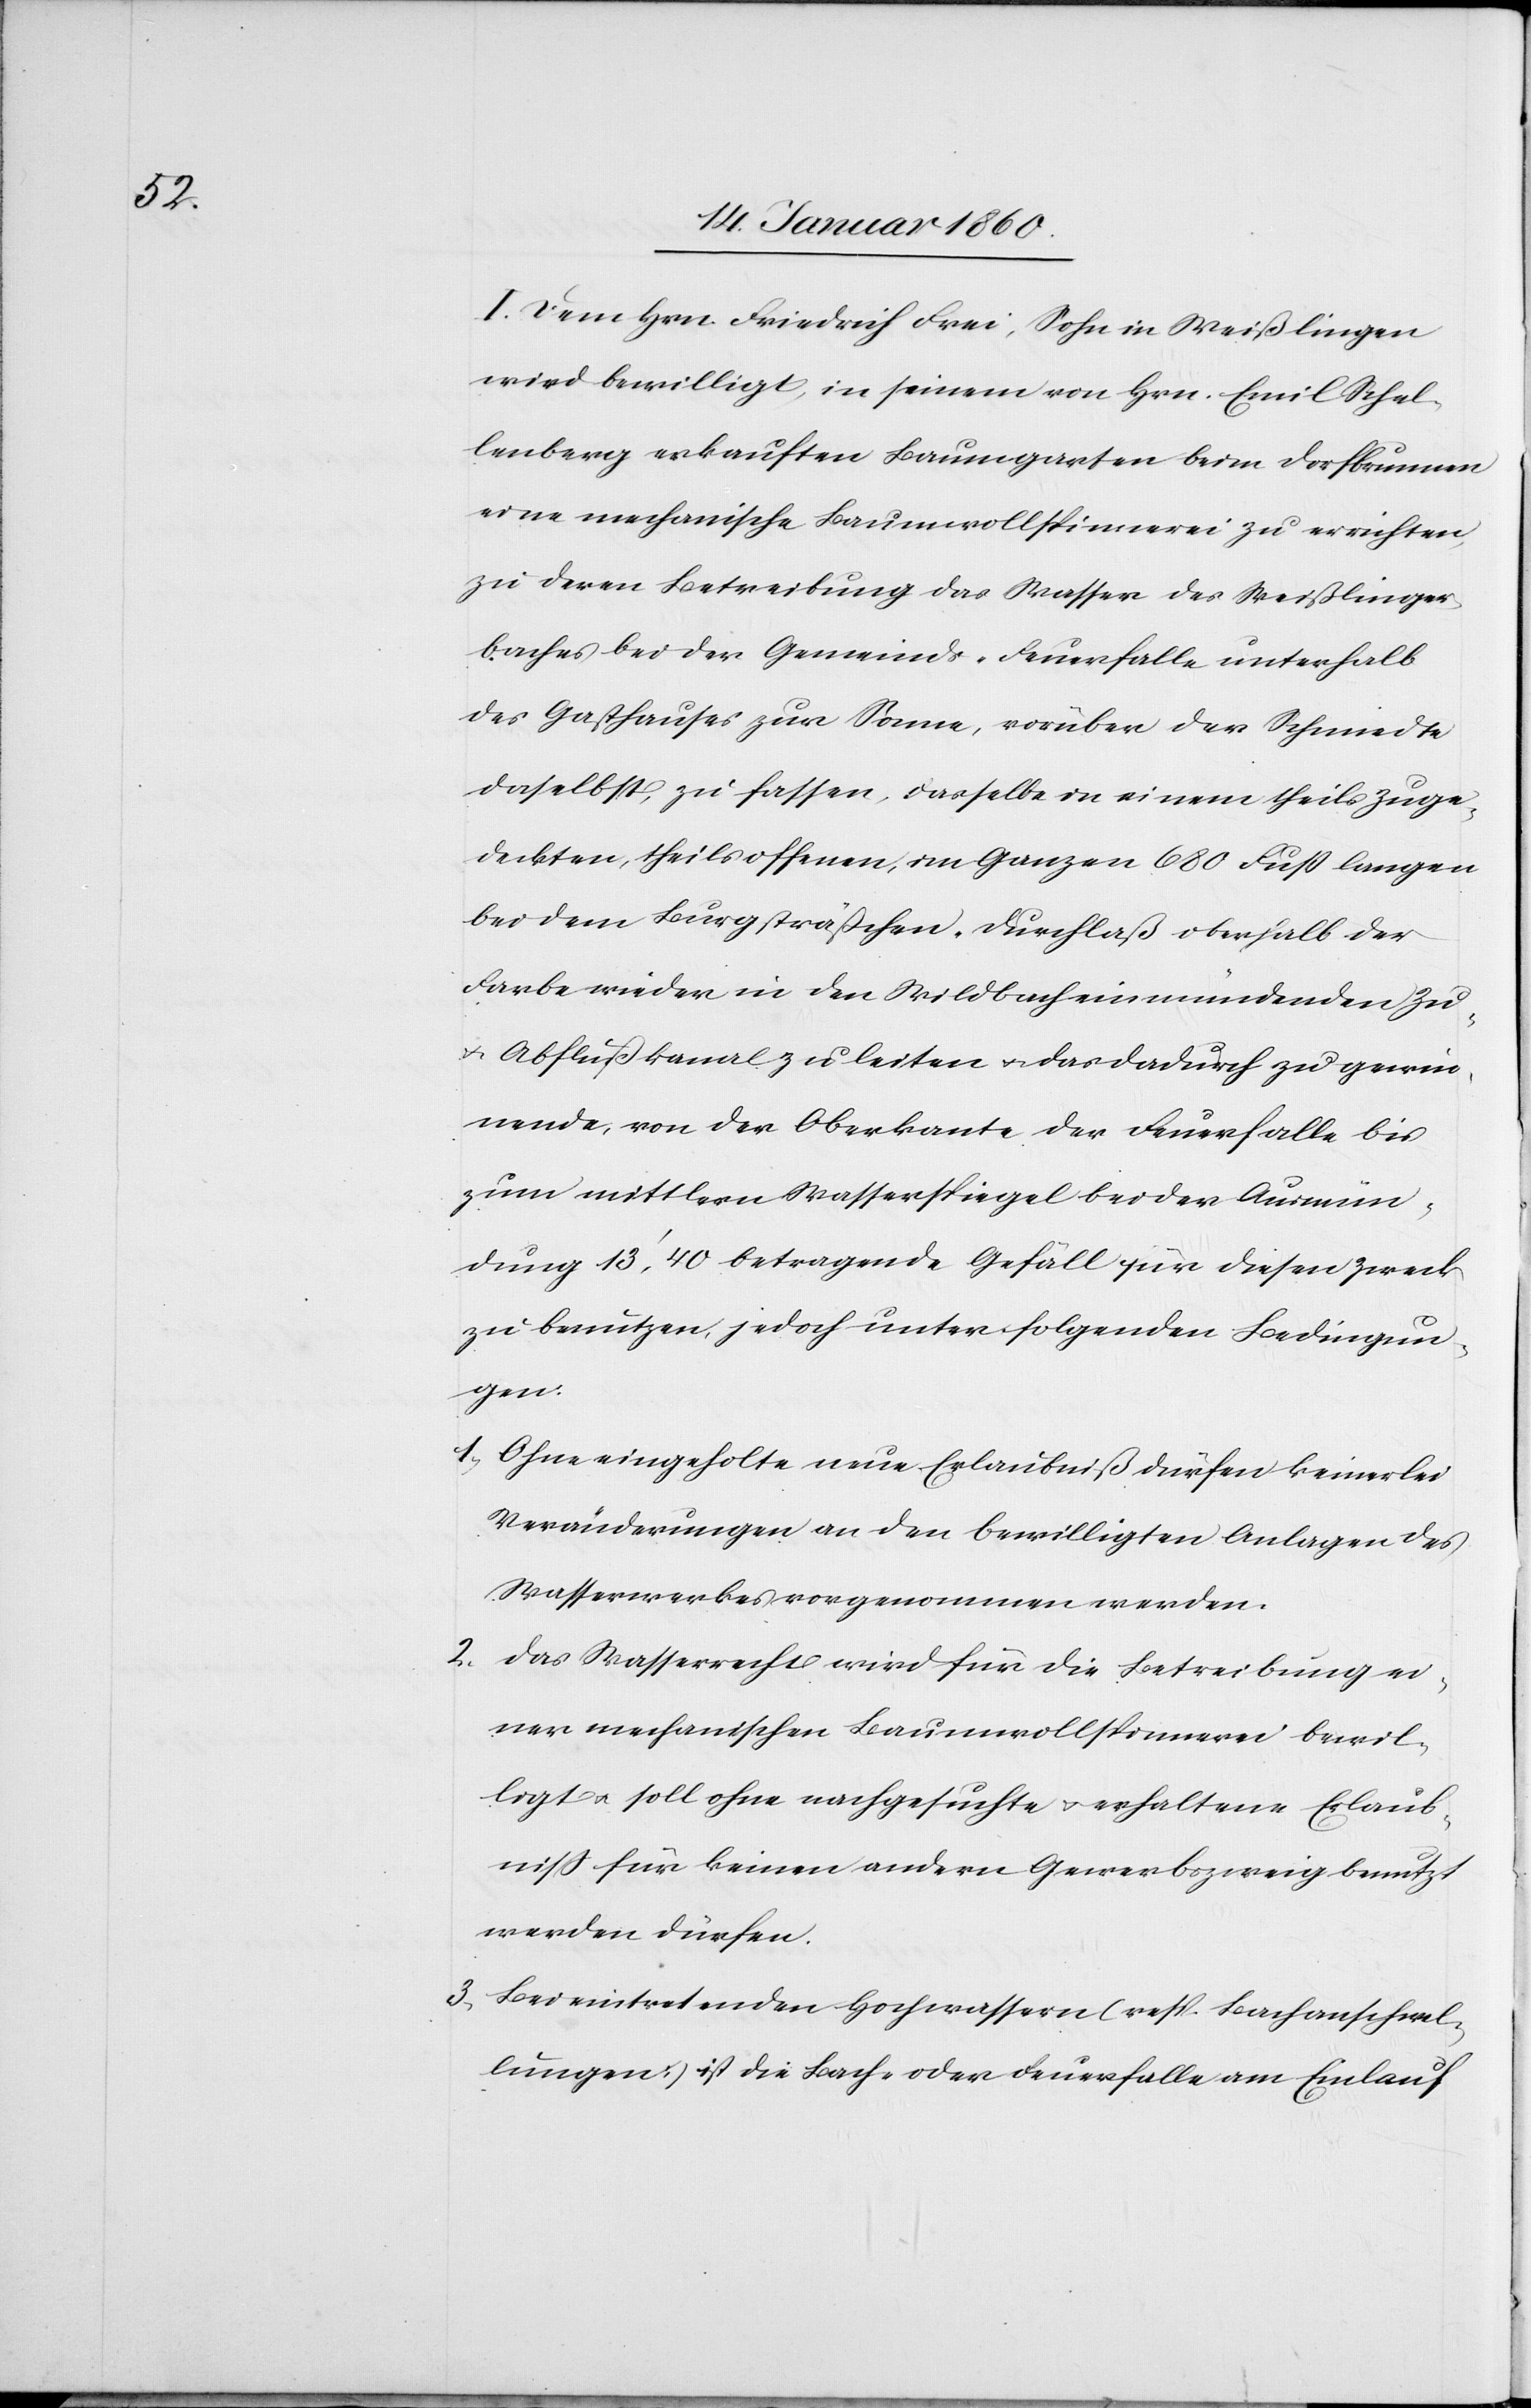
I. Dem Hrn. Friedrich Frei, Sohn in Weißlingen
wird bewilligt, in seinem von Hrn. Emil Schel¬
lenberg erkauften Baumgarten beim Dorbrunnen
eine mechanische Baumwollspinnerei zu errichten,
zu deren Betreibung das Wasser des Weißlinger¬
baches bei der Gemeinds-Feuerfalle unterhalb
des Gasthauses zur Sonne, vorüber der Schmiedte
daselbst, zu fassen, dasselbe in einem theils Zuge¬
deckten, theils offenen, im Ganzen 680. Fuß langen
bei dem Burgsträßchen, Durchlaß oberhalb der
Farbe wieder in den Wildbach einmündenden Zu-
u. Abflußkanal zu leiten u. das dadurch zu gewin¬
nende, von der Oberkante der Feuerfalle bis
zum mittleren Wasserspiegel bei der Ausmün¬
dung 13’, 40 betragende Gefäll für diesen Zweck
zu benutzen, jedoch unter folgenden Bedingun¬
gen.
1. Ohne eingeholte neue Erlaubniß dürfen keinerlei
Veränderungen an den bewilligten Anlagen des
Wasserwerkes vorgenommen werden.
2.
das Wasserrecht wird für die Betreibung ei¬
ner mechanischen Baumwollspinnerei bewil¬
ligt u. soll ohne nachgesuchte u. erhaltene Erlaub¬
niß für keinen andern Gewerbszweig benutzt
werden dürfen.
3. Bei eintretenden Hochwassern (resp. Bachanschwel¬
lungen) ist die Bach- oder Feuerfalle am Einlauf